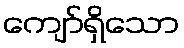
ကျော်ရှိသော